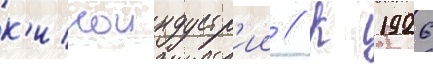
к'иноиндустр'ии // К 1926